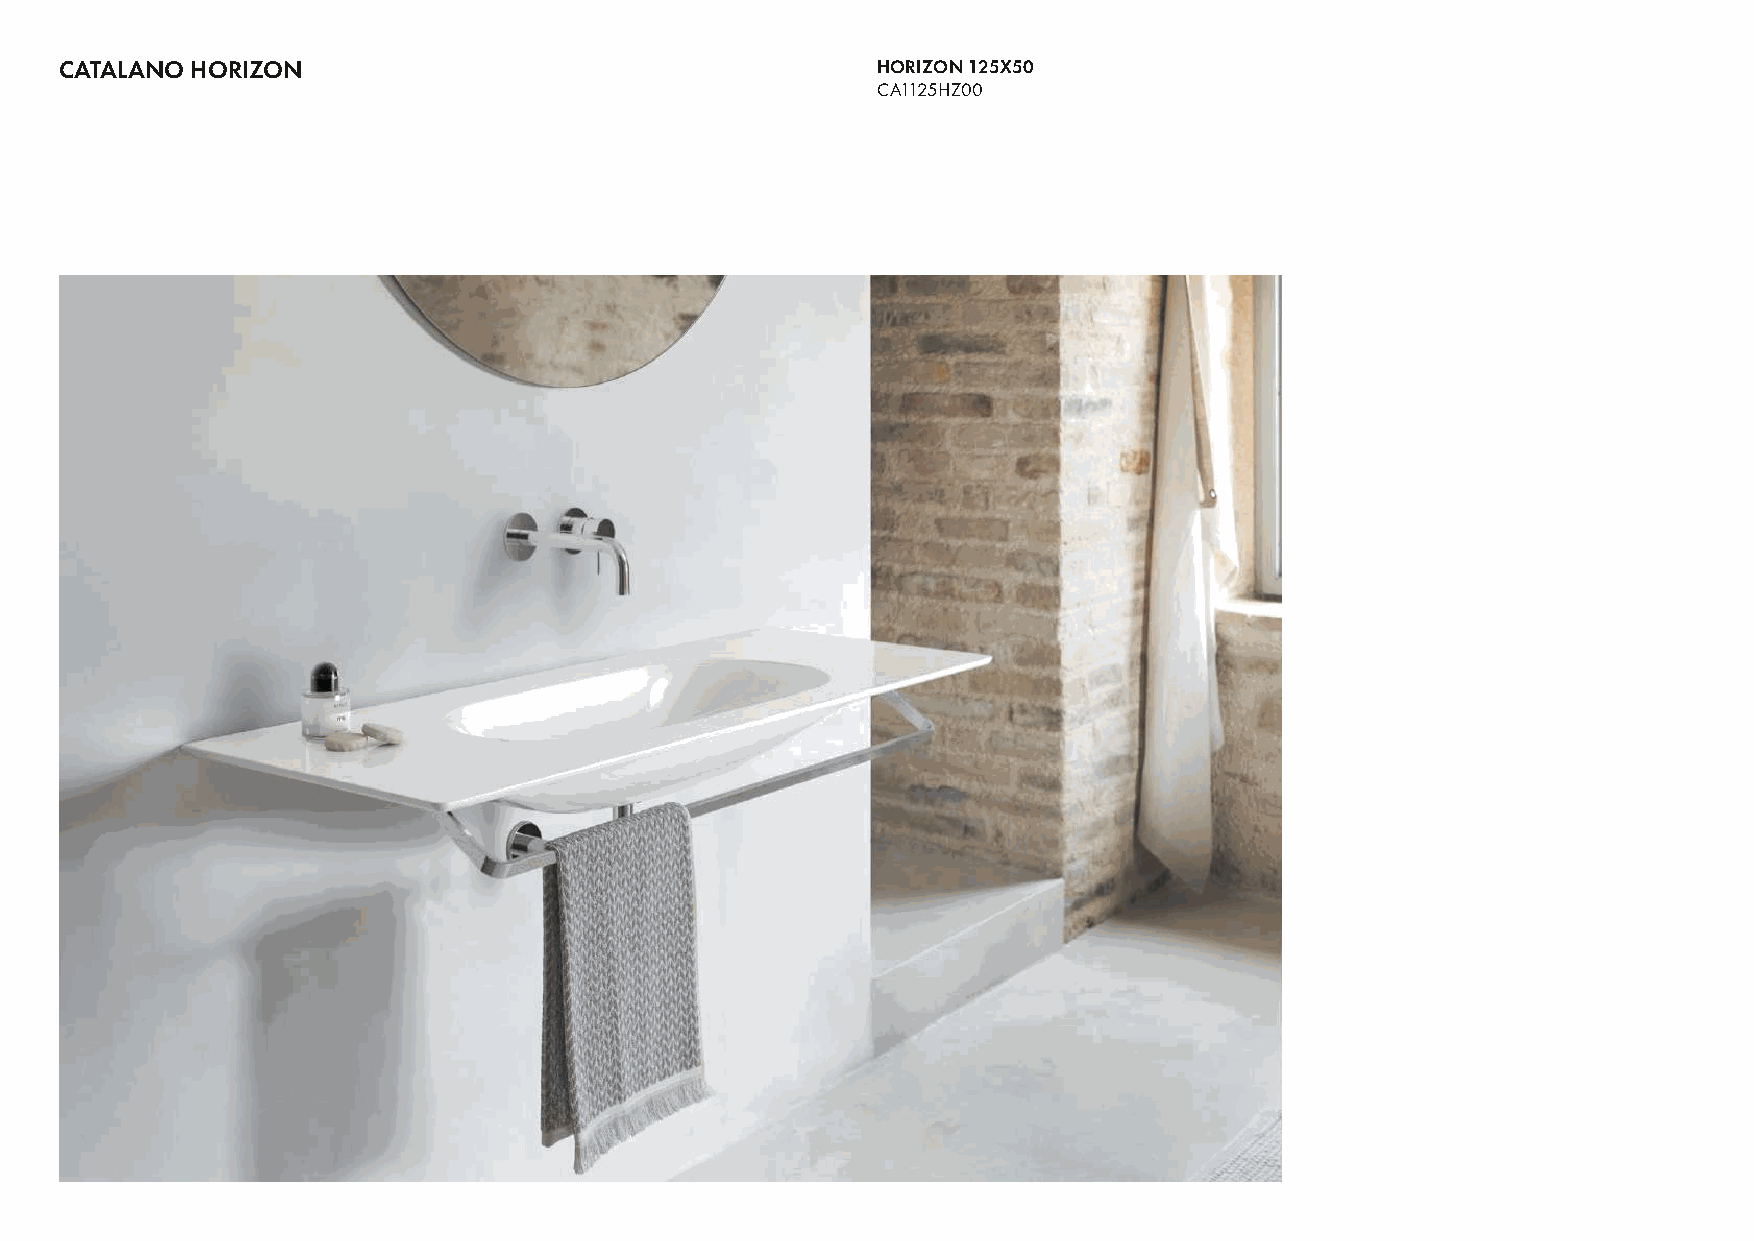
CATALANO HORIZON                                      HORIZON 125X50                          32
 CA1125HZ00